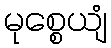
မုစ္စေယျံ